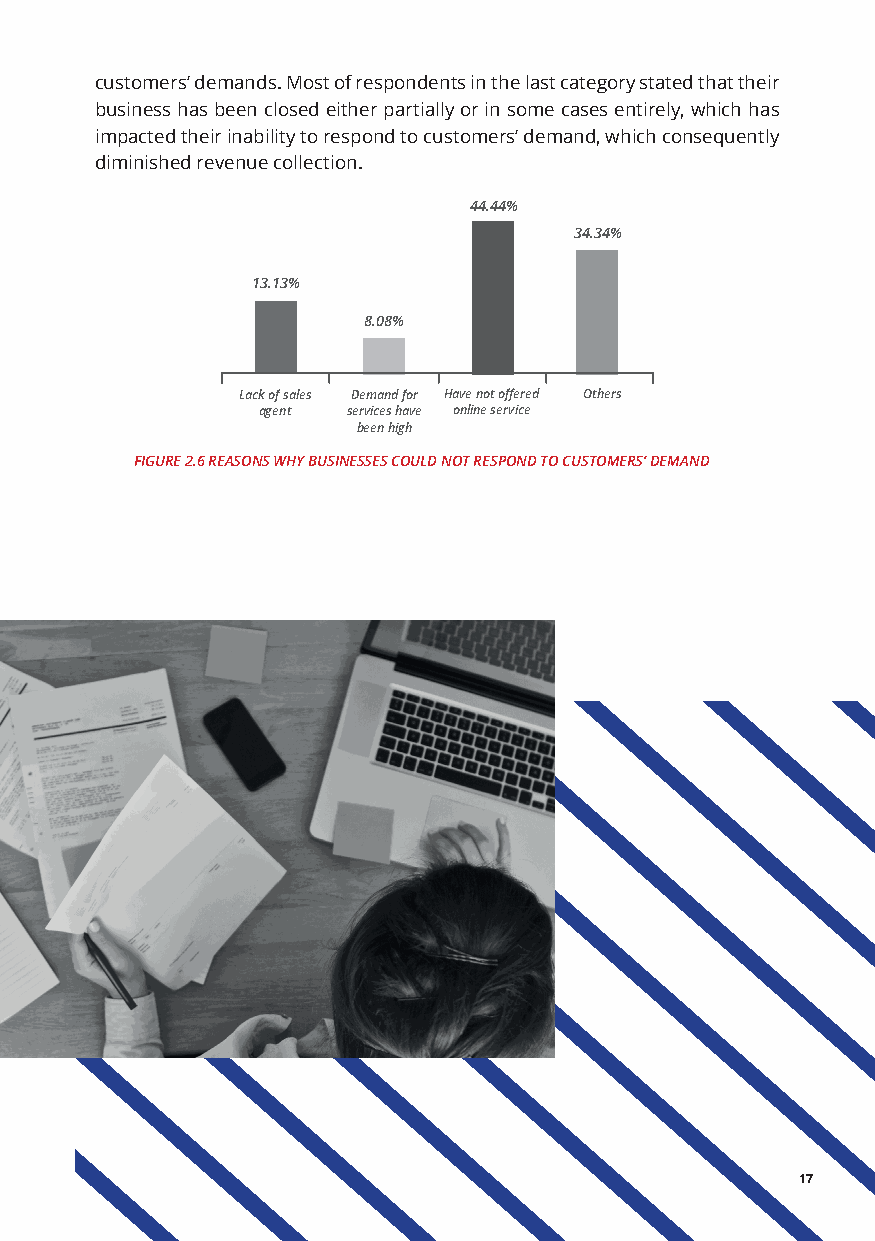
customers’ demands. Most of respondents in the last category stated that their
 business has been closed either partially or in some cases entirely, which has
 impacted their inability to respond to customers’ demand, which consequently
 diminished revenue collection.
 44.44%
 34.34%
 13.13%
 8.08%
 Lack of sales Demand for Have not offered Others
 agent services have online service
 been high
 FIGURE 2.6 REASONS WHY BUSINESSES COULD NOT RESPOND TO CUSTOMERS’ DEMAND
 17